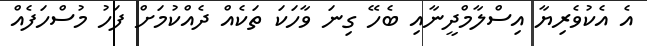
އެ އެކުވެރިޔާ އިސްލާމްދީނާއި ބެހޭ ގިނަ ވާހަކަ ތަކެއް ދެއްކުމަށް ފަހު މުސްހަފެއް